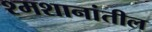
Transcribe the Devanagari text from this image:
श्मशानांतील